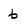
Character: b